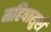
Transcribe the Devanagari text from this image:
महिषासुरी